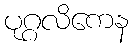
ပုဂ္ဂလိကေန